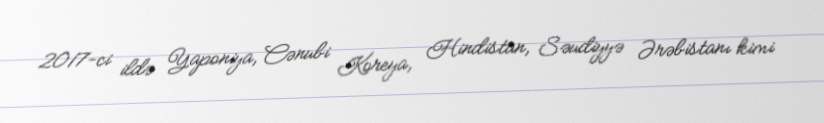
2017-ci ildə Yaponiya, Cənubi Koreya, Hindistan, Səudiyyə Ərəbistanı kimi